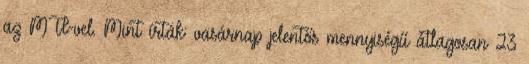
az MTI-vel. Mint írták: vasárnap jelentős mennyiségű átlagosan 23